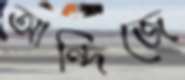
আন্দিজে